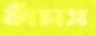
কাঁচাস